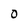
Character: 0